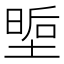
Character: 𭏏